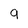
Character: 9